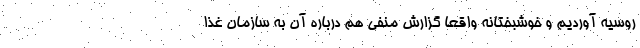
روسیه آوردیم و خوشبختانه واقعا گزارش منفی هم درباره آن به سازمان غذا